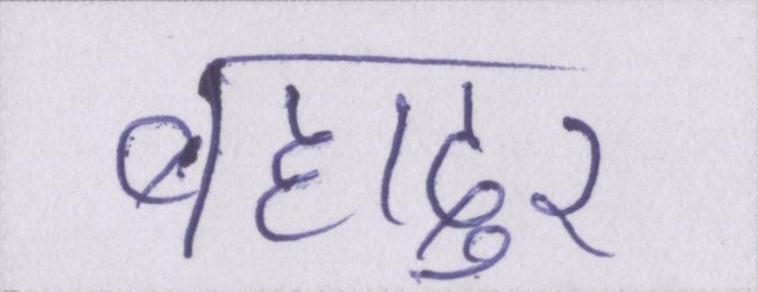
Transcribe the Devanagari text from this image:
बहादुर